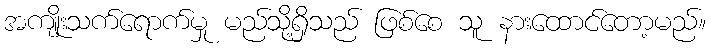
အကျိုးသက်ရောက်မှု မည်သို့ရှိသည် ဖြစ်စေ သူ နားထောင်တော့မည်။